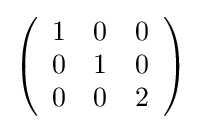
{\textstyle \left({\begin{array}{rrr}1&0&0\\0&1&0\\0&0&2\\\end{array}}\right)}